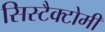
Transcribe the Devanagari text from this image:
सिस्टैक्टोमी